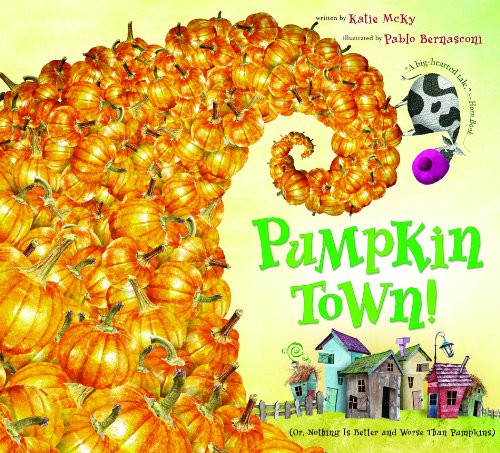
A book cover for Pumpkin Town! Or, Nothing Is Better and Worse Than Pumpkins; Katie McKy; Children's Books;